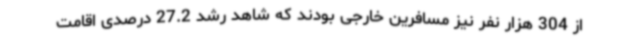
از 304 هزار نفر نیز مسافرین خارجی بودند که شاهد رشد 27.2 درصدی اقامت